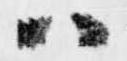
ハ